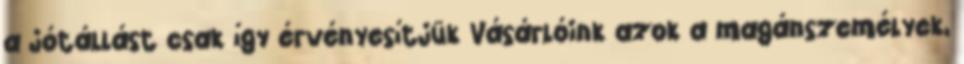
a jótállást csak így érvényesítjük Vásárlóink azok a magánszemélyek,